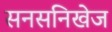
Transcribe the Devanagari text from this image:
सनसनिखेज